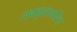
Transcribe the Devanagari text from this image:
लवकुशचरित्र